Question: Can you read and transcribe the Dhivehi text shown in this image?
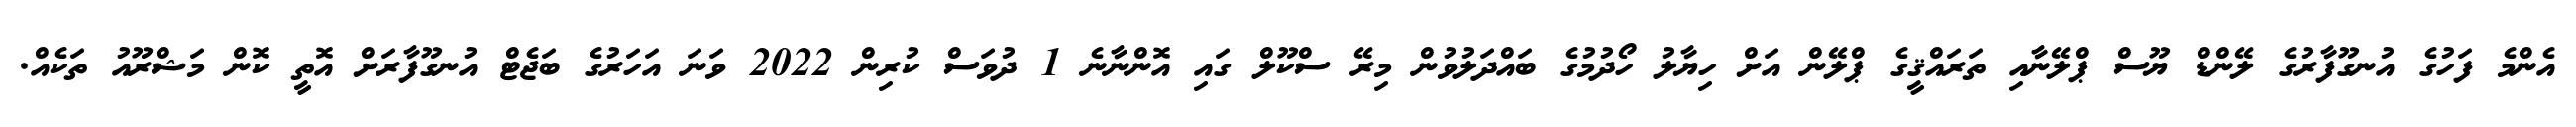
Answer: އެންމެ ފަހުގެ އުނގޫފާރުގެ ލޭންޑް ޔޫސް ޕްލޭނާއި ތަރައްޤީގެ ޕްލޭން އަށް ހިޔާލު ހޯދުމުގެ ބައްދަލުވުން މިރޭ ސްކޫލް ގައި އޮންނާނެ 1 ދުވަސް ކުރިން 2022 ވަނަ އަހަރުގެ ބަޖެޓް އުނގޫފާރަށް އޮތީ ކޮން މަޝްރޫއު ތަކެއް.